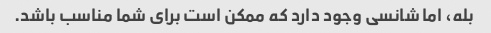
بله، اما شانسی وجود دارد که ممکن است برای شما مناسب باشد.